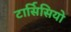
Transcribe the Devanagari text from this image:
टार्सिसियो